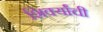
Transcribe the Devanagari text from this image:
शिर्क्यांची